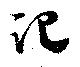
記